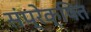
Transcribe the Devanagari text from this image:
संप्रेक्षित